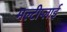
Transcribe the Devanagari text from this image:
मल्टीप्लाई